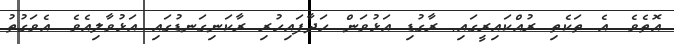
އޮތެވެ. އެ ތަކެތި ރުއްކައިރީގައި